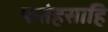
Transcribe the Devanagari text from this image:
फतेहसाहि